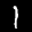
Label: 1